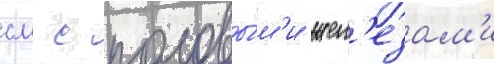
см с половы́м'и жел'езам'и